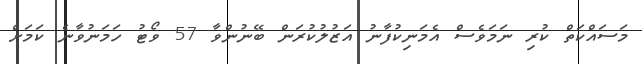
މަސައްކަތް ކުރި ނަމަވެސް އެމަނިކުފާނު އަަޒުލުކުރަން ބޭނުންވާ 57 ވޯޓު ހަމަނުވާނެ ކަމަށް